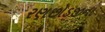
રણછોડજીના